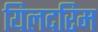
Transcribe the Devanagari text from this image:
यिलदरिम